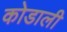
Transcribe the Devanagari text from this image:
कोडाली